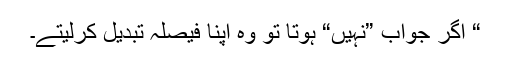
“ اگر جواب ”نہیں“ ہوتا تو وہ اپنا فیصلہ تبدیل کرلیتے۔